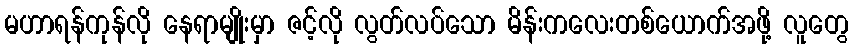
မဟာရန်ကုန်လို နေရာမျိုးမှာ ဇင့်လို လွတ်လပ်သော မိန်းကလေးတစ်ယောက်အဖို့ လူတွေ